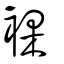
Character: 裸